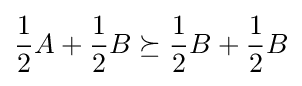
{\frac {1}{2}}A+{\frac {1}{2}}B\succeq {\frac {1}{2}}B+{\frac {1}{2}}B